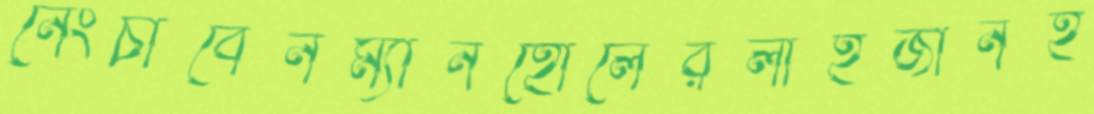
নেংচাবেনম্যানহোলেরলাইজীনহ